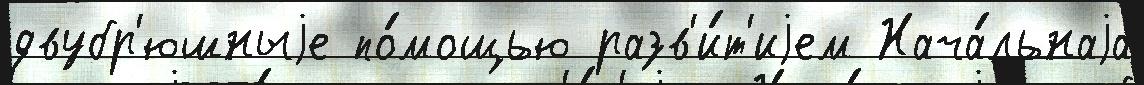
двубр'юшныjе по́мощью разв'и́т'иjем Нача́льнаjа